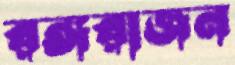
রঙ্গরাজন